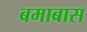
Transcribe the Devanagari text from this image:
बमाबास